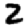
Digit: 2